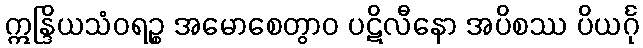
ဣန္ဒြိယသံဝရဉ္စ အမောစေတွာဝ ပဋိလီနော အပိစဿ ပိယင်္ဂု